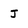
Character: J